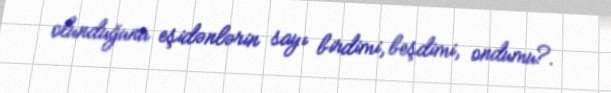
olunduğunu eşidənlərin sayı birdimi, beşdimi, ondumu?.